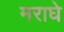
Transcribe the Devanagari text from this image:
मराघे